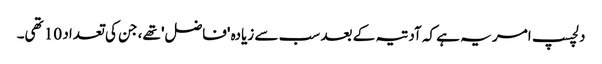
دلچسپ امر یہ ہے کہ آدتیہ کے بعد سب سے زیادہ 'فاضل' تھے، جن کی تعداد 10 تھی۔